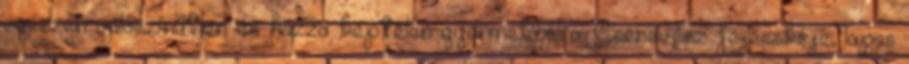
egészen valószínűtlen és hozzá képtelen gyermekbálra. Csenevész fejecskéje, lapos